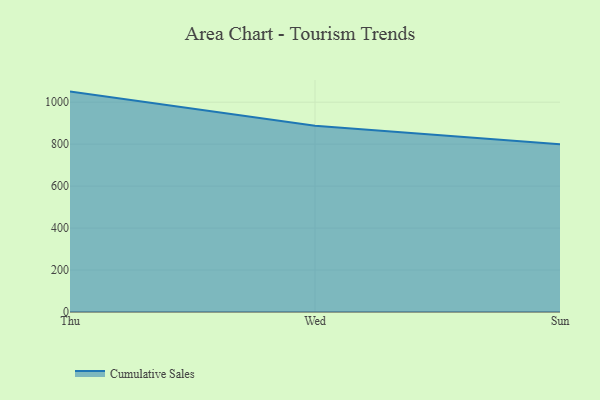
{"axis": {"x": "Day", "y": "Revenue (USD Million)"}, "legend": ["Cumulative Sales"], "data": [{"x": "Thu", "y": 1050.4, "type": "Cumulative Sales"}, {"x": "Wed", "y": 887.7, "type": "Cumulative Sales"}, {"x": "Sun", "y": 800, "type": "Cumulative Sales"}]}